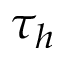
\tau _ { h }